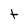
Character: t